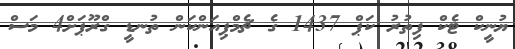
ޔުނީކް ޓެކް ފިތުރު ކަޕް 1437 ގެ ޗެމްޕިއަންކަން ތުނޑީ ގްރޫޕަށް4 މަސް